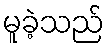
မူခဲ့သည်